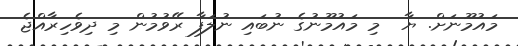
މައުމޫނަށް. ޔާ  މި މައުމޫނުގެ ނުބައި ނުލަފާ ރޭވުމުން މި ދިވެހިރާއްޖެ